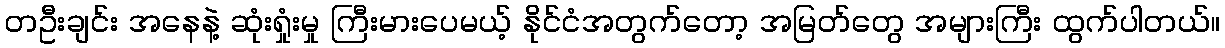
တဦးချင်း အနေနဲ့ ဆုံးရှုံးမှု ကြီးမားပေမယ့် နိုင်ငံအတွက်တော့ အမြတ်တွေ အများကြီး ထွက်ပါတယ်။